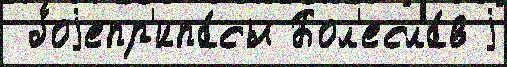
 боjепр'ипа́сы Бол'есла́в j